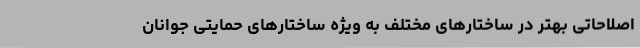
اصلاحاتی بهتر در ساختارهای مختلف به ویژه ساختارهای حمایتی جوانان